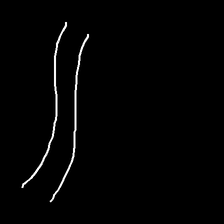
Glyph: float